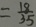
= \frac { 1 8 } { 3 5 }